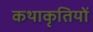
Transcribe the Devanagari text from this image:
कथाकृतियों